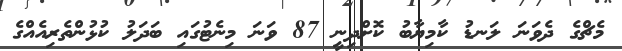
މެޗްގެ ދެވަނަ ލަނޑު ކާމިޔާބު ކޮށްދިނީ 87 ވަނަ މިނެޓުގައި ބަދަލު ކުޅުންތެރިއެއްގެ